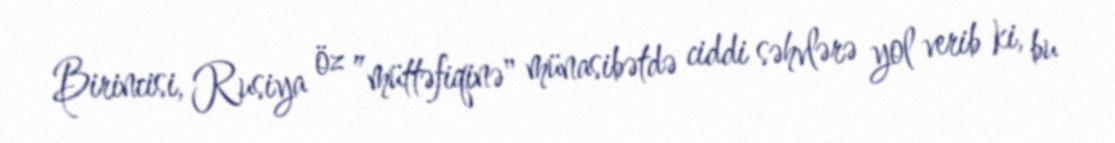
Birincisi, Rusiya öz ”müttəfiqinə" münasibətdə ciddi səhvlərə yol verib ki, bu